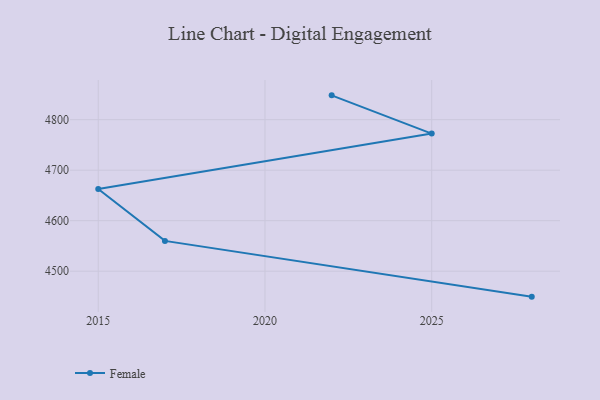
{"axis": {"x": "Year", "y": "Shipments"}, "legend": ["Female"], "data": [{"x": "2028", "y": 4449.6, "type": "Female"}, {"x": "2017", "y": 4560.0, "type": "Female"}, {"x": "2015", "y": 4662.9, "type": "Female"}, {"x": "2025", "y": 4772.5, "type": "Female"}, {"x": "2022", "y": 4848.2, "type": "Female"}]}